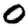
Digit: 0